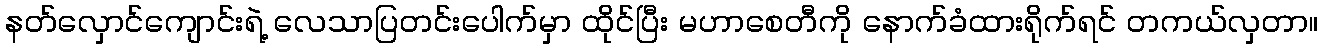
နတ်လှောင်ကျောင်းရဲ့ လေသာပြတင်းပေါက်မှာ ထိုင်ပြီး မဟာစေတီကို နောက်ခံထားရိုက်ရင် တကယ်လှတာ။